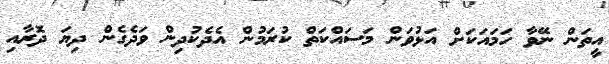
އީތަން ނޭވާ ހަމައަކަށް އަޅުވަން މަސައްކަތް ކުރަމުން އެދެކުދިން ވަދެގެން ދިޔަ ދޮރާއި